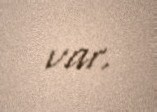
var.